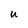
Character: U